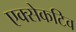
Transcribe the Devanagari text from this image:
एक्सेकटिव